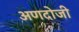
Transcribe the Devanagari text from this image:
अणदोजी